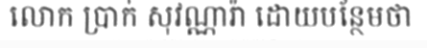
លោក ប្រាក់ សុវណ្ណារ៉ា ដោយបន្ថែមថា